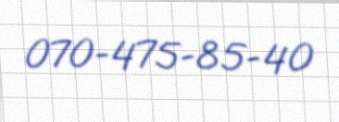
070-475-85-40